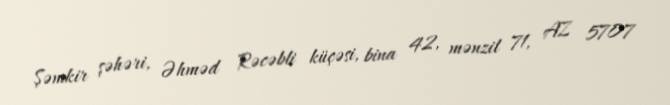
Şəmkir şəhəri, Əhməd Rəcəbli küçəsi, bina 42, mənzil 71, AZ 5707